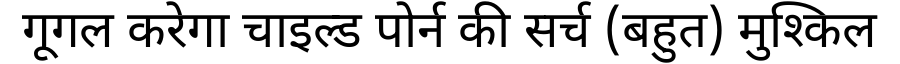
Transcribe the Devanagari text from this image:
गूगल करेगा चाइल्ड पोर्न की सर्च (बहुत) मुश्किल